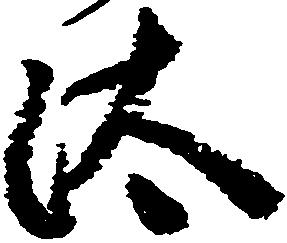
汰